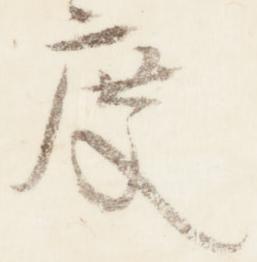
度